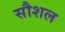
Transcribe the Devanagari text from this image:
सौशल